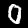
Label: 0